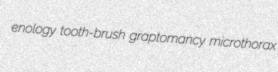
enology tooth-brush graptomancy microthorax